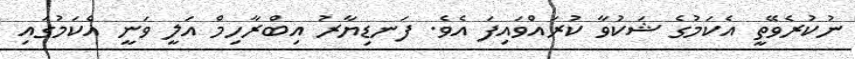
ނުކުރެވޭތީ އެކަމުގެ ޝަކުވާ ކުރައްވައިފަ އެވެ. ފަނޑިޔާރު އިބްރާހިމް އަލީ ވަނީ އެކަމުގައި